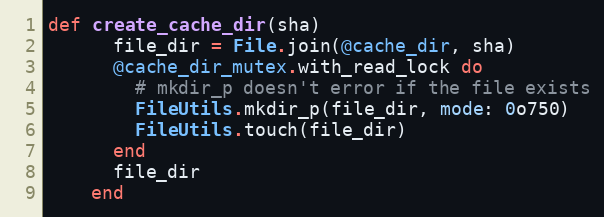
Language: Ruby
def create_cache_dir(sha)
      file_dir = File.join(@cache_dir, sha)
      @cache_dir_mutex.with_read_lock do
        # mkdir_p doesn't error if the file exists
        FileUtils.mkdir_p(file_dir, mode: 0o750)
        FileUtils.touch(file_dir)
      end
      file_dir
    end